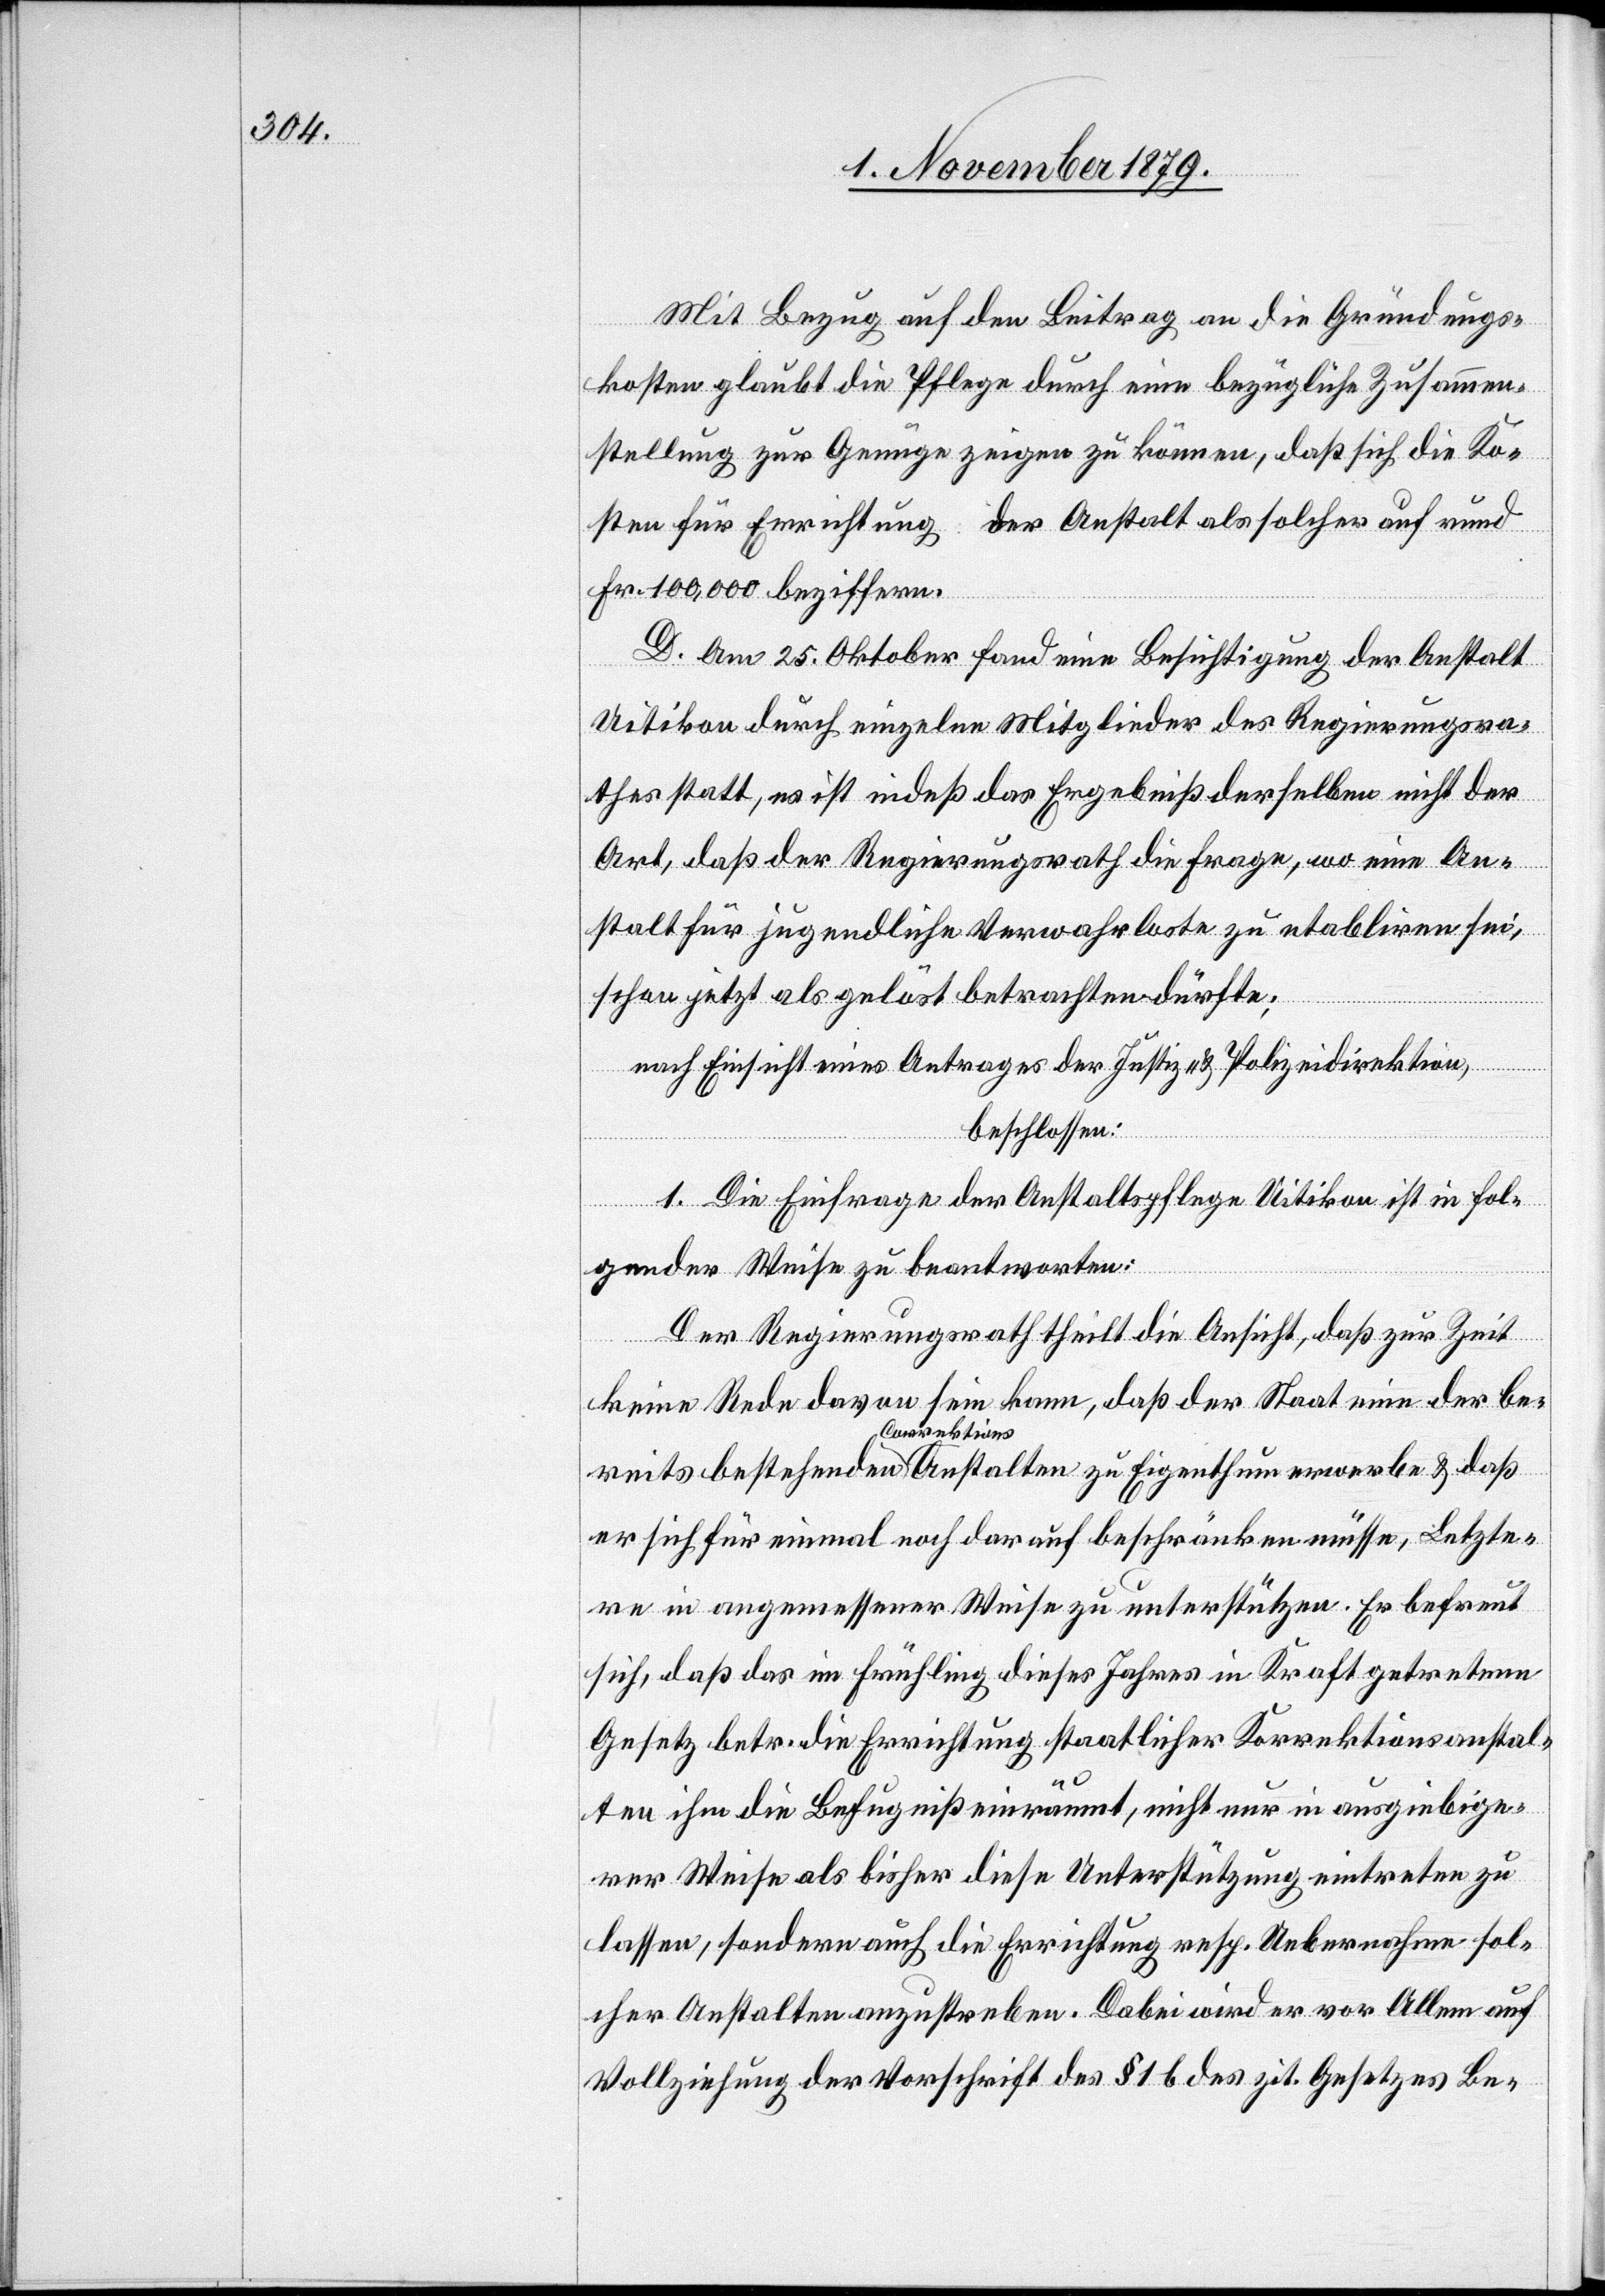
Mit Bezug auf den Beitrag an die Gründungs¬
kosten glaubt die Pflege durch eine bezügliche Zusammen¬
stellung zur Genüge zeigen zu können, daß sich die Ko¬
sten für Errichtung der Anstalt als solcher auf rund
Fr. 100,000 beziffern.
D. Am 25. Oktober fand eine Besichtigung der Anstalt
Uitikon durch einzelne Mitglieder des Regierungsra¬
thes statt, es ist indeß das Ergebniß derselben nicht der
Art, daß der Regierungsrath die Frage, wo eine An¬
stalt für jugendliche Verwahrloste zu etabliren sei,
schon jetzt als gelöst betrachten dürfte;
erwerben
nach Einsicht eines Antrages der Justiz- & Polizeidirektion,
beschlossen:
sol¬
1. Die Einfrage der Anstaltspflege Uitikon ist in fol¬
ahme
gender Weise zu beantworten:
Der Regierungsrath theilt die Ansicht, daß zur Zeit
keine Rede davon sein kann, daß der Staat eine der be¬
Correktions
er sich für einmal noch darauf beschränken müsse, Letzte¬
re in angemessener Weise zu unterstützen. Er befreut
sich, daß das im Frühling dieses Jahres in Kraft getretene
Gesetz betr. die Errichtung staatlicher Korrektionsanstal¬
ten ihm die Befugniß einräumt, nicht nur in ausgiebige¬
rer Weise als bisher diese Unterstützung resp. U¬
cher Anstalten anzustreben. Dabei wird er vor Allem auf
Vollziehung der Vorschrift des § 16 des zit. Gesetzes Be-

daß